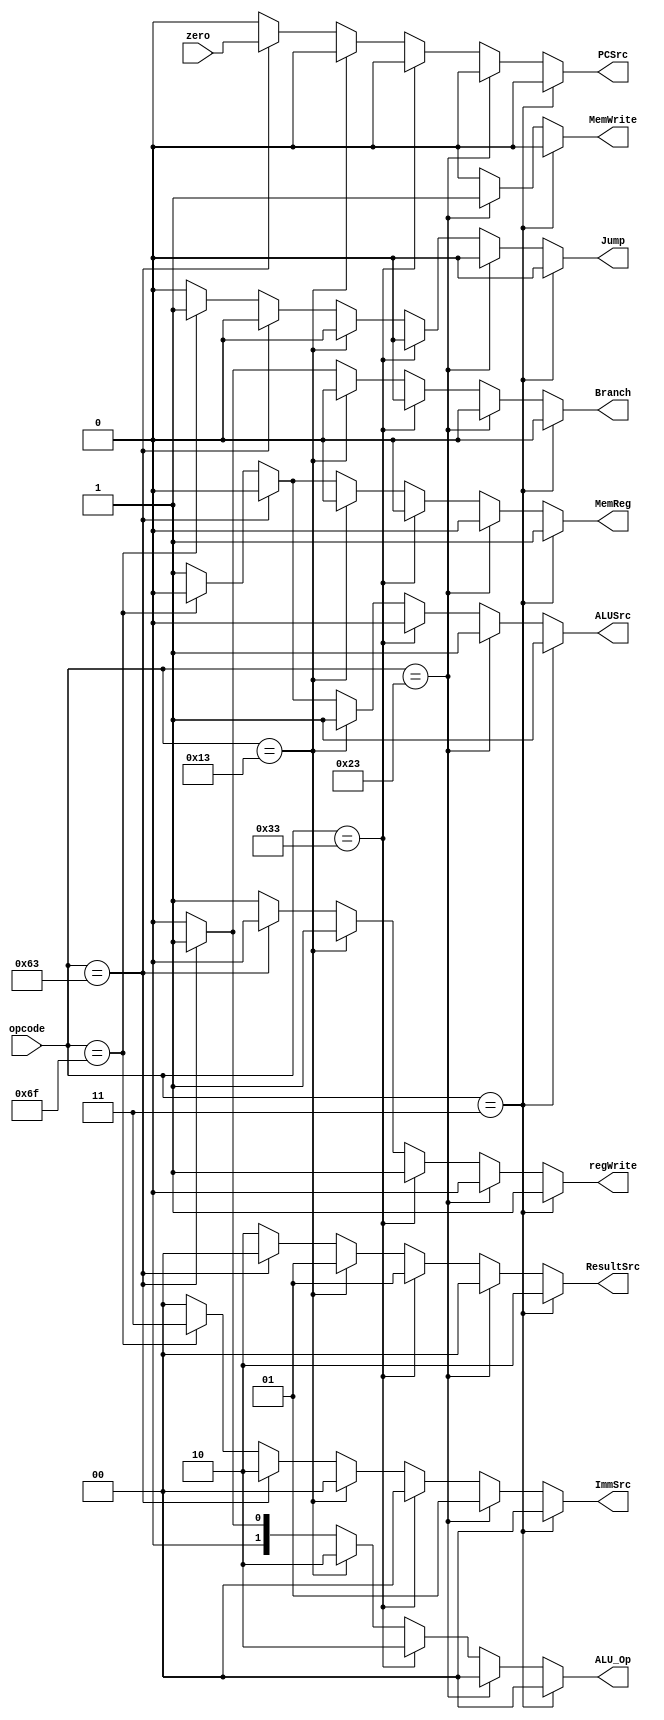
module Main_Decoder(zero, opcode, regWrite, ImmSrc, ALUSrc, MemWrite, MemReg, ResultSrc, ALU_Op, PCSrc, Branch, Jump);
input zero;
input [6:0] opcode;
output reg regWrite, ALUSrc, MemWrite, MemReg, PCSrc, Branch, Jump;
output reg [1:0] ImmSrc, ResultSrc, ALU_Op;

// Interim Signal



always @ (opcode or zero)
begin
  if(opcode == 7'b0000011) begin  //LW
    regWrite = 1'b1;
    ImmSrc = 2'b00;
    ALUSrc = 1'b1;
    MemWrite = 1'b0;
    ResultSrc = 2'b10;
    Branch = 1'b0;
    ALU_Op = 2'b00;
    MemReg = 1'b1;
    Jump = 1'b0;
    PCSrc = Branch & zero;
  end
  else if (opcode == 7'b0100011) begin //Sw
    regWrite = 1'b0;
    ImmSrc = 2'b01;
    ALUSrc = 1'b1;
    MemWrite = 1'b1;
    ResultSrc = 2'b00;
    Branch = 1'b0;
    ALU_Op = 2'b00;
    MemReg = 1'b0;
    Jump = 1'b0;
    PCSrc = Branch & zero;
  end
  else if (opcode == 7'b0110011) begin // R-type
    regWrite = 1'b1;
    ImmSrc = 2'b00;
    ALUSrc = 1'b0;
    MemWrite = 1'b0;
    ResultSrc = 2'b01;
    Branch = 1'b0;
    ALU_Op = 2'b10;
    MemReg = 1'b0;
    Jump = 1'b0;
    PCSrc = Branch & zero;
  end
  else if (opcode == 7'b0010011) begin  // I-type
    regWrite = 1'b1;
    ImmSrc = 2'b00;
    ALUSrc = 1'b1;
    MemWrite = 1'b0;
    ResultSrc = 2'b01;
    Branch = 1'b0;
    ALU_Op = 2'b10;
    MemReg = 1'b0;
    Jump = 1'b0;
    PCSrc = Branch & zero;
  end else if (opcode == 7'b1100011) begin  // Branch-type
    regWrite = 1'b0;
    ImmSrc = 2'b10;
    ALUSrc = 1'b0;
    MemWrite = 1'b0;
    ResultSrc = 2'b00;
    Branch = 1'b1;
    ALU_Op = 2'b01;
    MemReg = 1'b0;
    Jump = 1'b0;
    PCSrc = Branch & zero;
  end else if (opcode == 7'b1101111) begin  // Jump-type
    regWrite = 1'b1;
    ImmSrc = 2'b11;
    ALUSrc = 1'b0;
    MemWrite = 1'b0;
    ResultSrc = 2'b10;
    Branch = 1'b0;
    ALU_Op = 2'b00;
    MemReg = 1'b0;
    Jump = 1'b1;
    PCSrc = Branch & zero;
  end else begin
    regWrite = 1'b1;
    ImmSrc = 2'b00;
    ALUSrc = 1'b1;
    MemWrite = 1'b0;
    ResultSrc = 2'b10;
    Branch = 1'b0;
    ALU_Op = 2'b00;
    MemReg = 1'b1;
    Jump = 1'b0;
    PCSrc = Branch & zero;
  end
  
end

endmodule